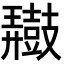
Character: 𪔠